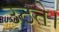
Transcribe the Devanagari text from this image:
उठते।